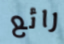
رائع